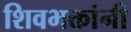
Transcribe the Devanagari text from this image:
शिवभक्तांनी